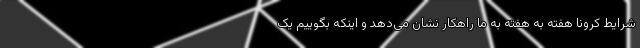
شرایط کرونا هفته به هفته به ما راهکار نشان می‌دهد و اینکه بگوییم یک